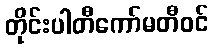
တိုင်းပါတီကော်မတီဝင်